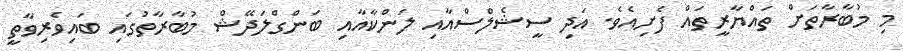
މި މުބާރާތަށް ތައްޔާރީތައް ފެށިއެވެ. އަދި ސީޝެލްސްއާއި ލަންކާއާއި ބަންގްލަދޭޝް މުބާރާތުގައި ބައިވެރިވާތީ